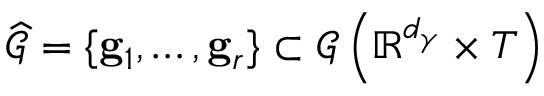
\widehat { \mathcal { G } } = \{ \mathbf { g } _ { 1 } , \ldots , \mathbf { g } _ { r } \} \subset \mathcal { G } \left( \mathbb { R } ^ { d _ { \gamma } } \times T \right)